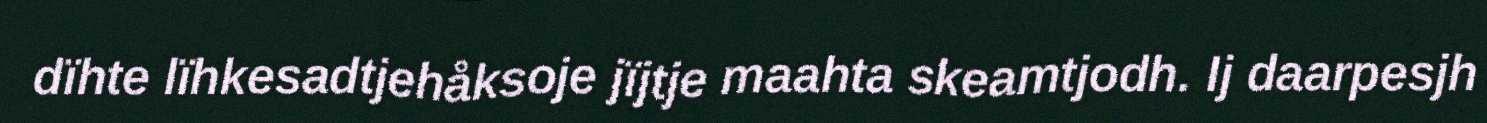
dïhte lïhkesadtjehåksoje jïjtje maahta skeamtjodh. Ij daarpesjh